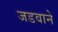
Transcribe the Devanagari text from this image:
जडवाने